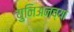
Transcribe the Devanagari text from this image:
युनिअनच्या